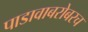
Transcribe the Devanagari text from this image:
पाडावाबरोबरच